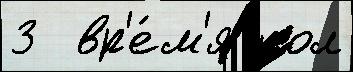
3  вр'е́м'я пол